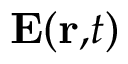
\mathbf { E ( r , } t \mathbf { ) }